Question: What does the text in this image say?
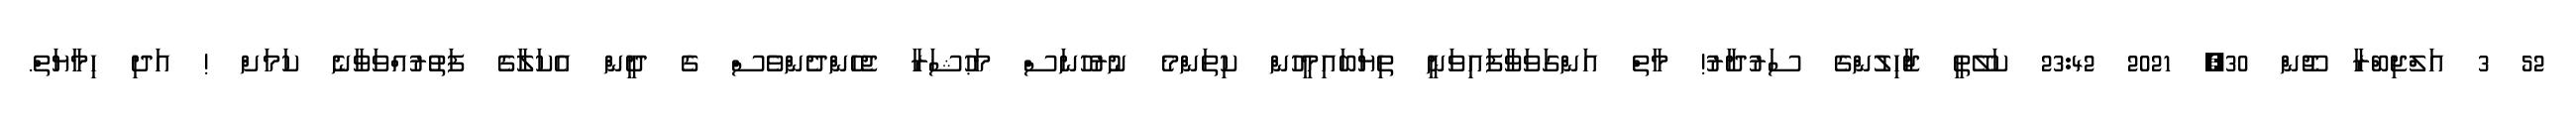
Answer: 52 3 އަލްޖިބްރާ ޖޫން 30, 2021 23:42 ކަލޭތީ ޖާހިލުންގެ ސަރުދާރު! މާތް އަންގަވަވާފައިވަނީ ތިޔަބައިމީހުން ކިތަންމެ ނުރުހުނަސް މަޙުޝަރާ ޖެހެންދެންވެސް ގެ ދީން އެކަލާގެ ފަތުރުއްވަވާނެ ކަމަށް ! އަދި ހިމާޔަތް.